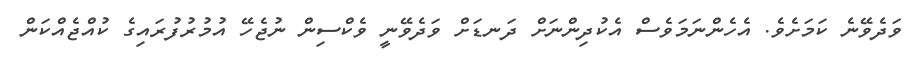
ވަދެވޭނެ ކަމަށެވެ. އެހެންނަމަވެސް އެކުދިންނަށް ދަނޑަށް ވަދެވޭނީ ވެކްސިން ނުޖެހޭ އުމުރުފުރައިގެ ކުއްޖެއްކަން